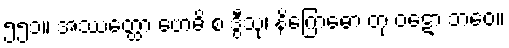
၅၅၁။ အဿတ္ထော ဗောဓိ စ ဒွီသု၊ နိဂြောဓော တု ဝဋော ဘဝေ။